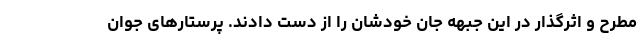
مطرح و اثرگذار در این جبهه جان خودشان را از دست دادند. پرستارهای جوان